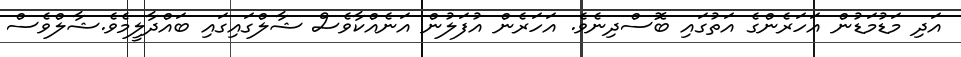
އަދި މަޑުމަޑުން އަހަރެންގެ އަތުގައި ބޮސްދިނެވެ. އަހަރެން އުފަލުން އަނެއްކާވެސް ޝާލްގައިގައި ބައްދާލީމެވެ.ޝާލްވެސް